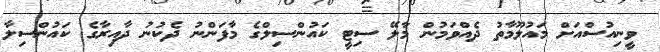
ވީނިއުސްއަށް މައުލޫމާތު ދެއްވަމުން މާލޭ ސިޓީ ކައުންސިލްގެ މާފަންނު ދެކުނު ދާއިރާގެ ކަައުންސިލާ